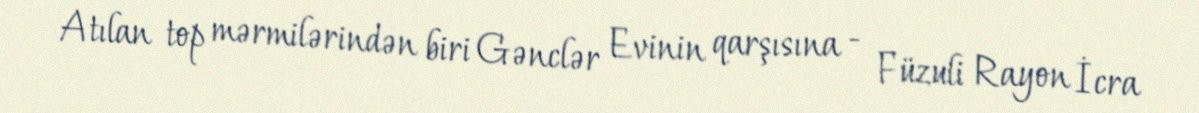
Atılan top mərmilərindən biri Gənclər Evinin qarşısına - Füzuli Rayon İcra